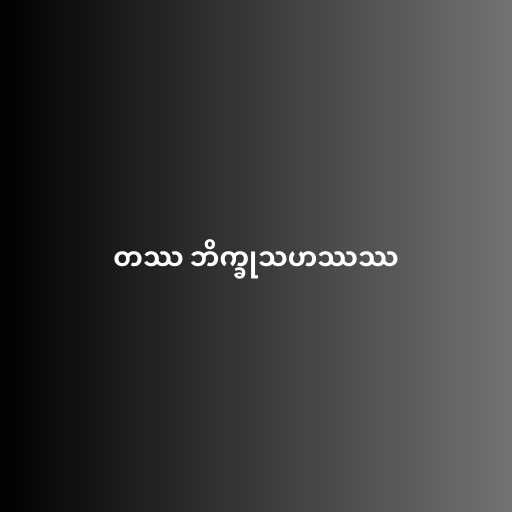
တဿ ဘိက္ခုသဟဿဿ